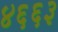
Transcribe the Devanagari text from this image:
४६६३